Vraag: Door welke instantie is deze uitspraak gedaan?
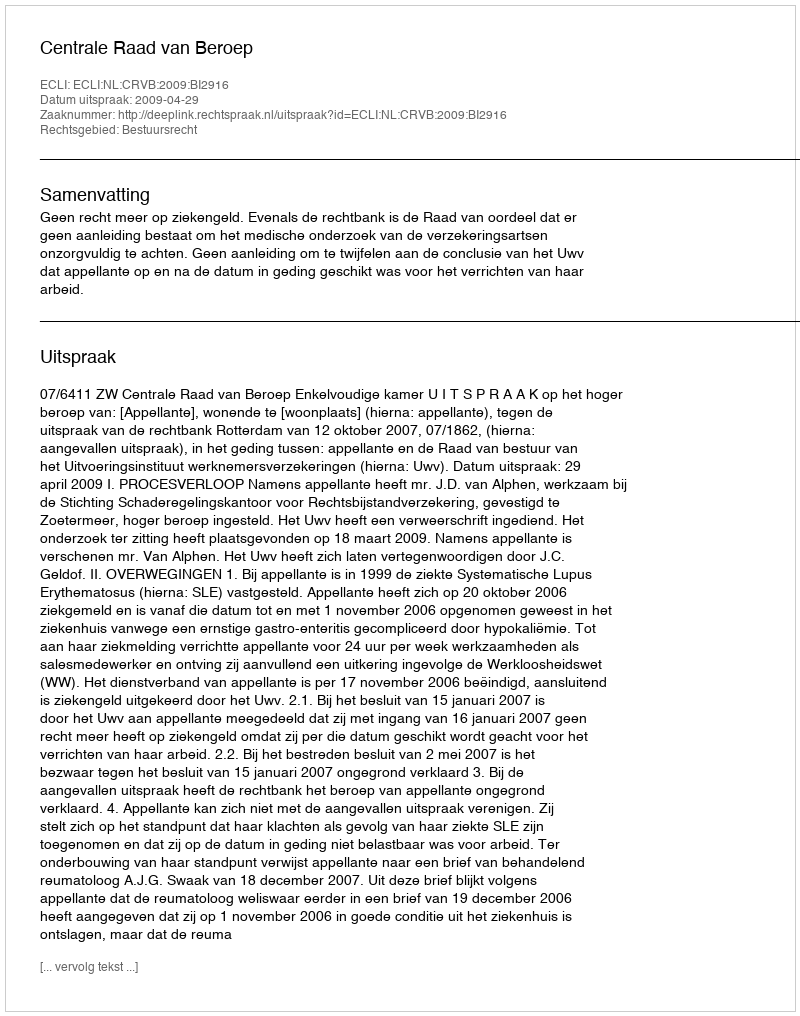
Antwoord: Centrale Raad van Beroep